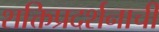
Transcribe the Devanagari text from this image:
शक्तिप्रदर्शनाची